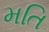
મતિ